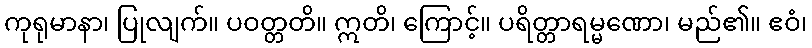
ကုရုမာနာ၊ ပြုလျက်။ ပဝတ္တတိ။ ဣတိ၊ ကြောင့်။ ပရိတ္တာရမ္မဏော၊ မည်၏။ ဧဝံ၊